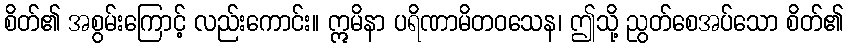
စိတ်၏ အစွမ်းကြောင့် လည်းကောင်း။ ဣမိနာ ပရိဏာမိတဝသေန၊ ဤသို့ ညွတ်စေအပ်သော စိတ်၏